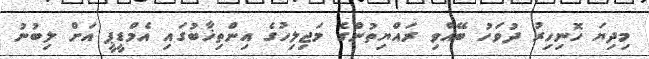
މިދިޔަ ހޮނިހިރު ދުވަހު ބޭއްވި ރައްޔިތުންގެ މަޖިލިހުގެ އިންތިޚާބުގައި އެމްޑީޕީ އަށް ލިބުނު